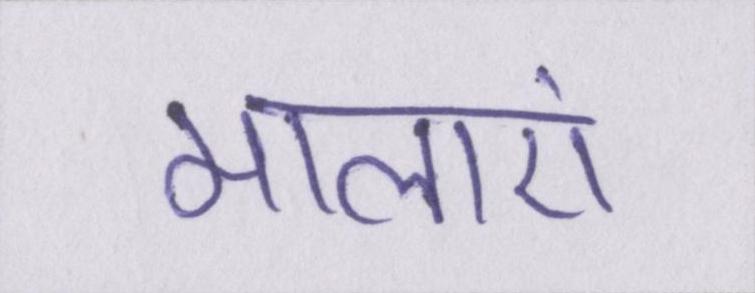
मालाएं